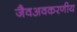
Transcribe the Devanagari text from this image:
जैवअवकरणीय